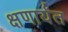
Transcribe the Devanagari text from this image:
क्षणार्यंत